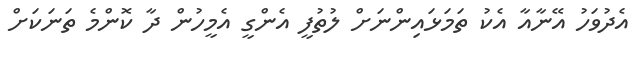
އެދުވަހު އޭނާއާ އެކު ތަމަޅައިންނަށް ލުތުފީ އެންގީ އެމީހުން ދާ ކޮންމެ ތަނަކަށް